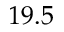
1 9 . 5